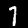
Digit: 1